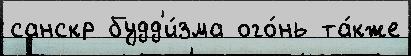
санскр будд'и́зма ого́нь та́кже